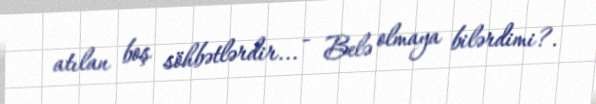
atılan boş söhbətlərdir... - Belə olmaya bilərdimi?.